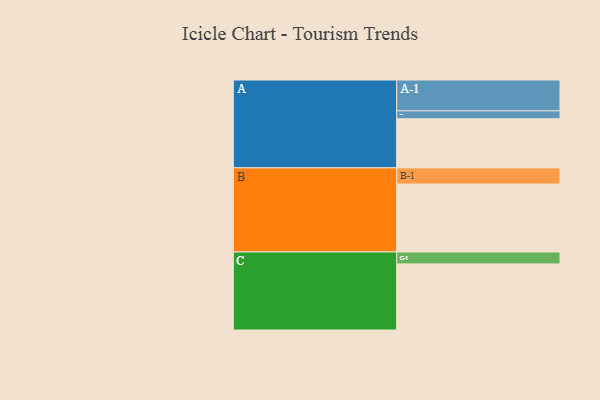
{"axis": {"x": "Segment", "y": "Value"}, "legend": ["", "A", "B", "C"], "data": [{"x": "A", "y": 374, "type": ""}, {"x": "B", "y": 517, "type": ""}, {"x": "C", "y": 503, "type": ""}, {"x": "A-1", "y": 235, "type": "A"}, {"x": "A-2", "y": 60, "type": "A"}, {"x": "B-1", "y": 123, "type": "B"}, {"x": "C-1", "y": 91, "type": "C"}]}